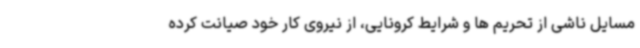
مسایل ناشی از تحریم ها و شرایط کرونایی، از نیروی کار خود صیانت کرده